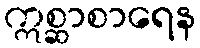
ဣစ္ဆာစာရေန